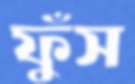
ফুঁস